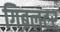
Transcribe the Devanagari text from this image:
गिब्रलटर